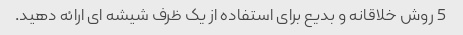
5 روش خلاقانه و بدیع برای استفاده از یک ظرف شیشه ای ارائه دهید.